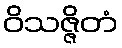
ဝိသဇ္ဇိတံ